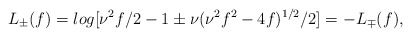
\begin{align*}L_{\pm}(f)=log[\nu^2f/2-1\pm\nu(\nu^2f^2-4f)^{1/2}/2]=-L_{\mp}(f),\end{align*}